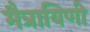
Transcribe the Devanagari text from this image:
मैत्रायिणी